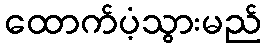
ထောက်ပံ့သွားမည်